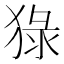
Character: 𤟘